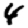
Digit: 4